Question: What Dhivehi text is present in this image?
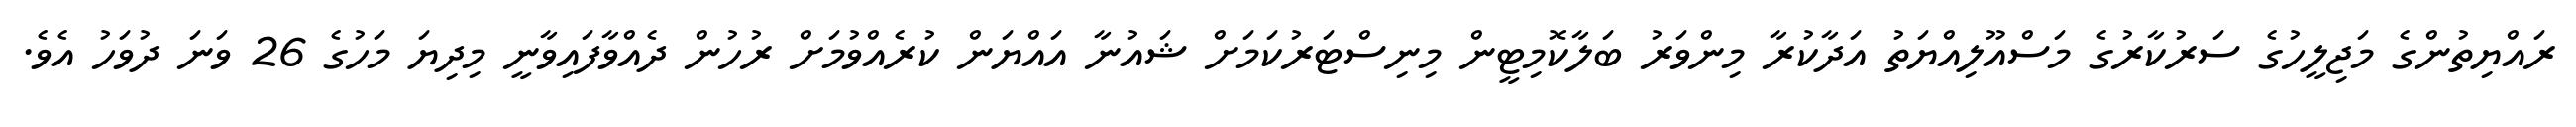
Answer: ރައްޔިތުންގެ މަޖިލީހުގެ ސަރުކާރުގެ މަސްއޫލިއްޔަތު އަދާކުރާ މިންވަރު ބަލާކޮމިޓީން މިނިސްޓަރުކަމަށް ޝައުނާ އައްޔަން ކުރެއްވުމަށް ރުހުން ދެއްވާފައިވާނީ މިދިޔަ މަހުގެ 26 ވަނަ ދުވަހު އެވެ.